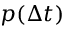
p ( \Delta t )